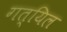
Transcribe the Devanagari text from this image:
गत्यिल